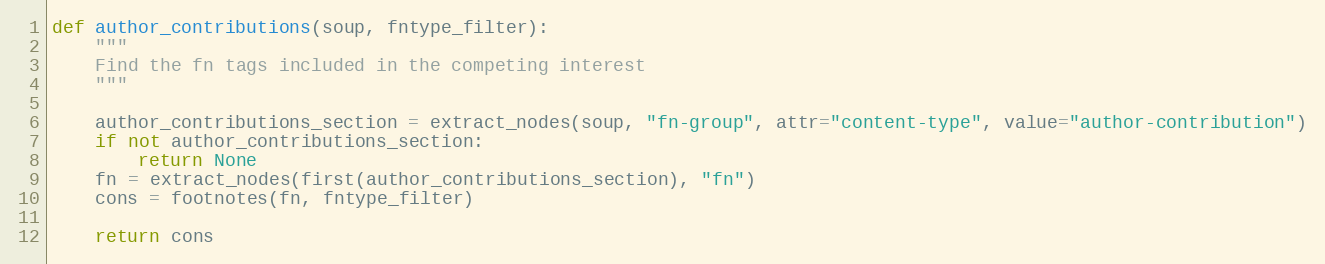
Language: Python
def author_contributions(soup, fntype_filter):
    """
    Find the fn tags included in the competing interest
    """

    author_contributions_section = extract_nodes(soup, "fn-group", attr="content-type", value="author-contribution")
    if not author_contributions_section:
        return None
    fn = extract_nodes(first(author_contributions_section), "fn")
    cons = footnotes(fn, fntype_filter)

    return cons